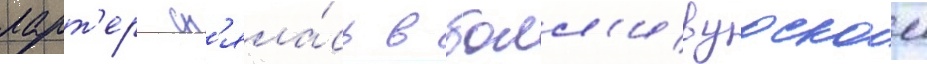
ларт'ер сн'яла́сь в болл'ивудском